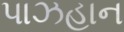
પાઝહાન